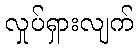
လှုပ်ရှားလျက်